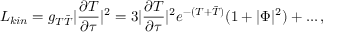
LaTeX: L _ { k i n } = g _ { T \bar { T } } | \frac { \partial T } { \partial \tau } | ^ { 2 } = 3 | \frac { \partial T } { \partial \tau } | ^ { 2 } e ^ { - ( T + \bar { T } ) } ( 1 + | \Phi | ^ { 2 } ) + . . . \, ,